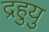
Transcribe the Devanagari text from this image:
द्रहुयु